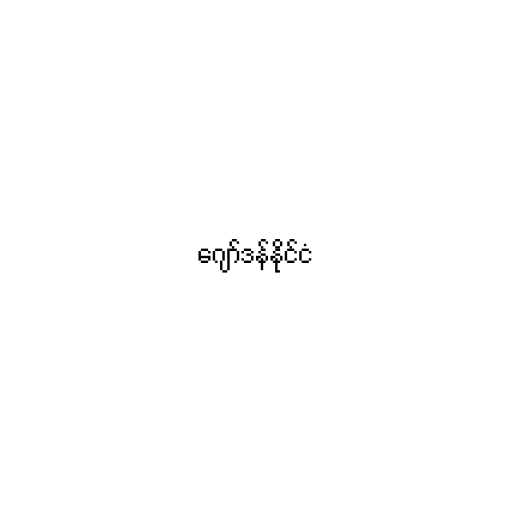
ဂျော်ဒန်နိုင်ငံ